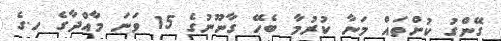
ގޭންގު ކުށްތައް މަނާ ކުރުމާ ބެހޭ ގާނޫނުގެ 15 ވަނަ މާއްދާގެ ހ.ގެ